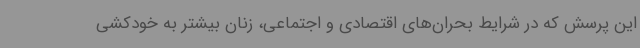
این پرسش که در شرایط بحران‌های اقتصادی و اجتماعی، زنان بیشتر به خودکشی